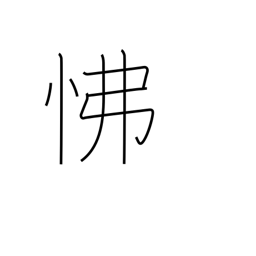
Meaning: anger